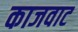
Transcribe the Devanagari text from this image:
काजवाट